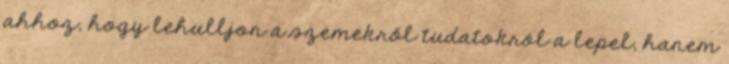
ahhoz, hogy lehulljon a szemekről tudatokról a lepel, hanem